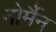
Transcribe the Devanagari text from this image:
नोर्मैन